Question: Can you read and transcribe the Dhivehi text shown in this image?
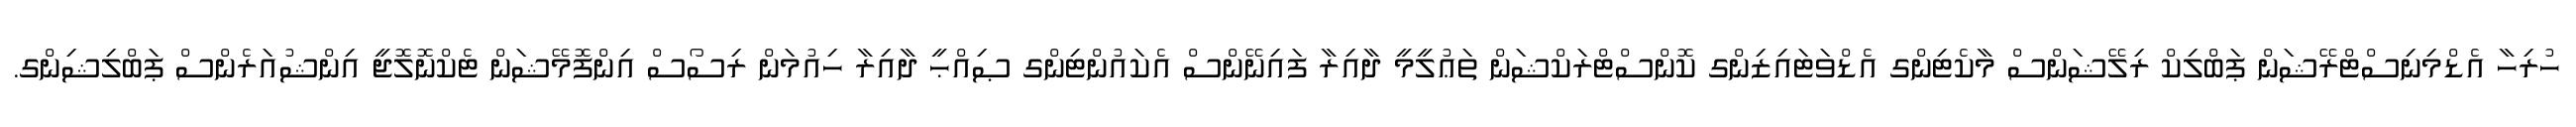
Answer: ހުރިހާ އެޑްމިނިސްޓްރޭޝަން ޕަބްލިކް ރިލޭޝަންސް މާކެޓިންގ އެޑްވަޓައިޒިންގ ކޮންސްޓްރަކްޝަން ތަޢުލީމީ ދާއިރާ ފައިނޭންސް އެކައުންޓިންގ ޞިއްޙީ ދާއިރާ ހިއުމަން ރިސޯސް އިންފޮމޭޝަން ޓެކްނޮލޮޖީ އިންޝުއަރެންސް ޕަބްލިޝިންގ.